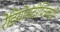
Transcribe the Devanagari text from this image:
रेडियोसंदीप्तिकारी